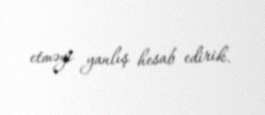
etməyi yanlış hesab edirik.